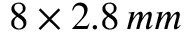
8 \times 2 . 8 \, m m